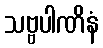
သဗ္ဗပါဏိနံ